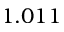
1 . 0 1 1